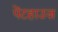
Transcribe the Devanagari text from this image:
पेंटहाउज़